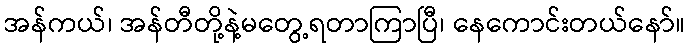
အန်ကယ်၊ အန်တီတို့နဲ့မတွေ့ရတာကြာပြီ၊ နေကောင်းတယ်နော်။